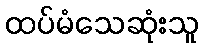
ထပ်မံသေဆုံးသူ